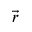
\vec { r }